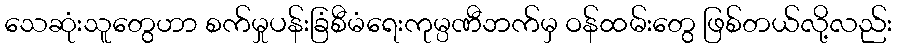
သေဆုံးသူတွေဟာ စက်မှုပန်းခြံစီမံရေးကုမ္ပဏီဘက်မှ ဝန်ထမ်းတွေ ဖြစ်တယ်လို့လည်း